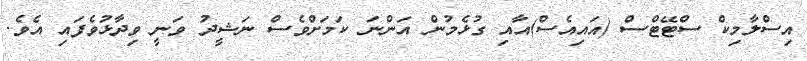
އިސްލާމިކް ސްޓޭޓްސް (އައިއެސް)އާއި ގުޅެމުން އަންނަ ކަމަށްވެސް ނަޝީދު ވަނީ ވިދާޅުވެފައި އެވެ.